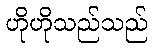
ဟိုဟိုသည်သည်